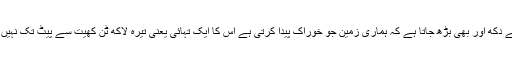
یہ سن کے دکھ اور بھی بڑھ جاتا ہے کہ ہماری زمین جو خوراک پیدا کرتی ہے اس کا ایک تہائی یعنی تیرہ لاکھ ٹن کھیت سے پیٹ تک نہیں پہنچ پاتا۔